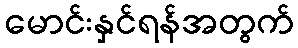
မောင်းနှင်ရန်အတွက်